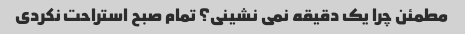
مطمئن چرا یک دقیقه نمی نشینی؟ تمام صبح استراحت نکردی